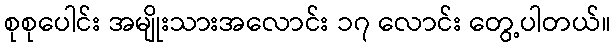
စုစုပေါင်း အမျိုးသားအလောင်း ၁၇ လောင်း တွေ့ပါတယ်။